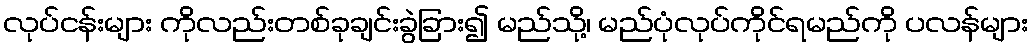
လုပ်ငန်းများ ကိုလည်းတစ်ခုချင်းခွဲခြား၍ မည်သို့၊ မည်ပုံလုပ်ကိုင်ရမည်ကို ပလန်များ